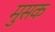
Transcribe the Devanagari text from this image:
मुसक